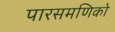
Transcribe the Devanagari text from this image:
पारसमणिको